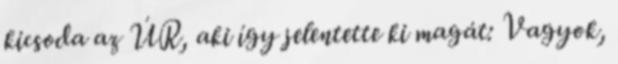
kicsoda az ÚR, aki így jelentette ki magát: Vagyok,